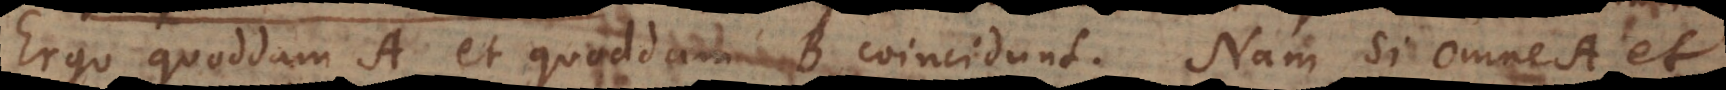
Ergo quoddam A et quoddam B coincidunt. Nam Si Omne